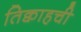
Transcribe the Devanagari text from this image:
तिक्वाहची